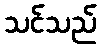
သင်သည်